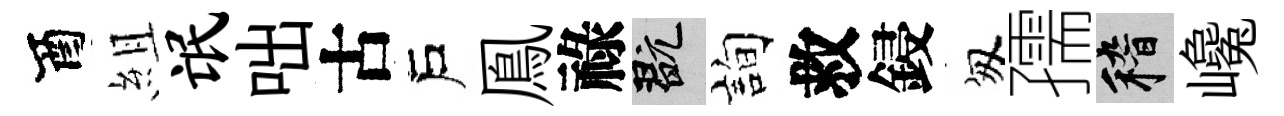
酉組氓咄古戶鳯祿玩詢救鋟匆孺稽巉